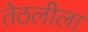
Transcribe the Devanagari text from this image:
तेठलीला